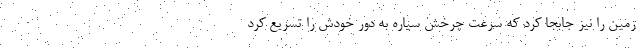
زمین را نیز جابجا کرد که سرعت چرخش سیاره به دور خودش را تسریع کرد